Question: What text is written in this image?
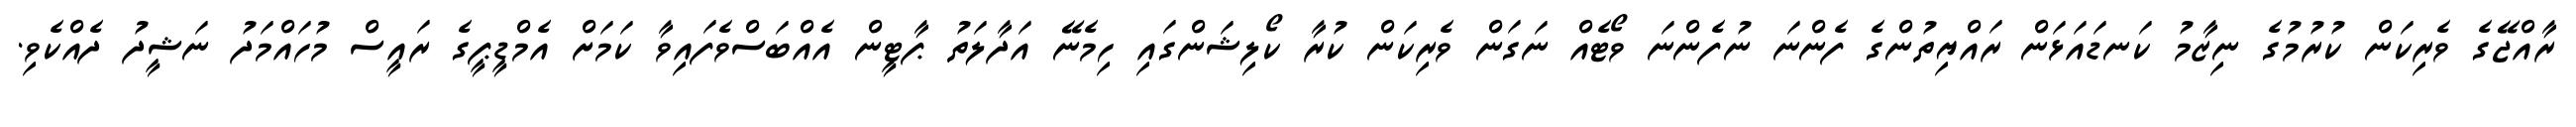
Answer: ރާއްޖޭގެ ވެރިކަން ކުރުމުގެ ނިޒާމު ކަނޑައަޅަން ރައްޔިތުންގެ ފެންނަ ނުފެންނަ ވޯޓެއް ނަގަން ވެރިކަން ކުރާ ކޯލިޝަންގައި ހިމެނޭ އަދާލަތު ޕާޓީން އެއްބަސްވެފައިވާ ކަމަށް އެމްޑީޕީގެ ރައީސް މުހައްމަދު ނަޝީދު ދެއްކެވި.